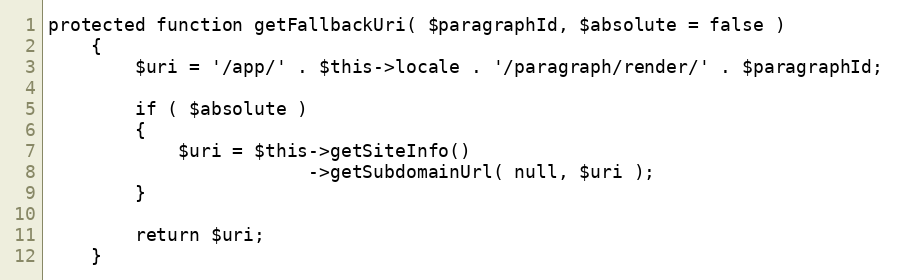
Language: PHP
protected function getFallbackUri( $paragraphId, $absolute = false )
    {
        $uri = '/app/' . $this->locale . '/paragraph/render/' . $paragraphId;

        if ( $absolute )
        {
            $uri = $this->getSiteInfo()
                        ->getSubdomainUrl( null, $uri );
        }

        return $uri;
    }